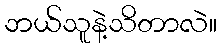
ဘယ်သူနဲ့သိတာလဲ။